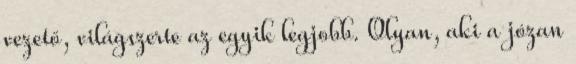
vezető, világszerte az egyik legjobb. Olyan, aki a józan